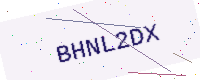
Text: BHNL2DX